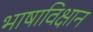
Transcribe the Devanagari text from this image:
भाषाविक्षान